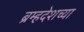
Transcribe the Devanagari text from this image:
ब्रम्हदेशच्या